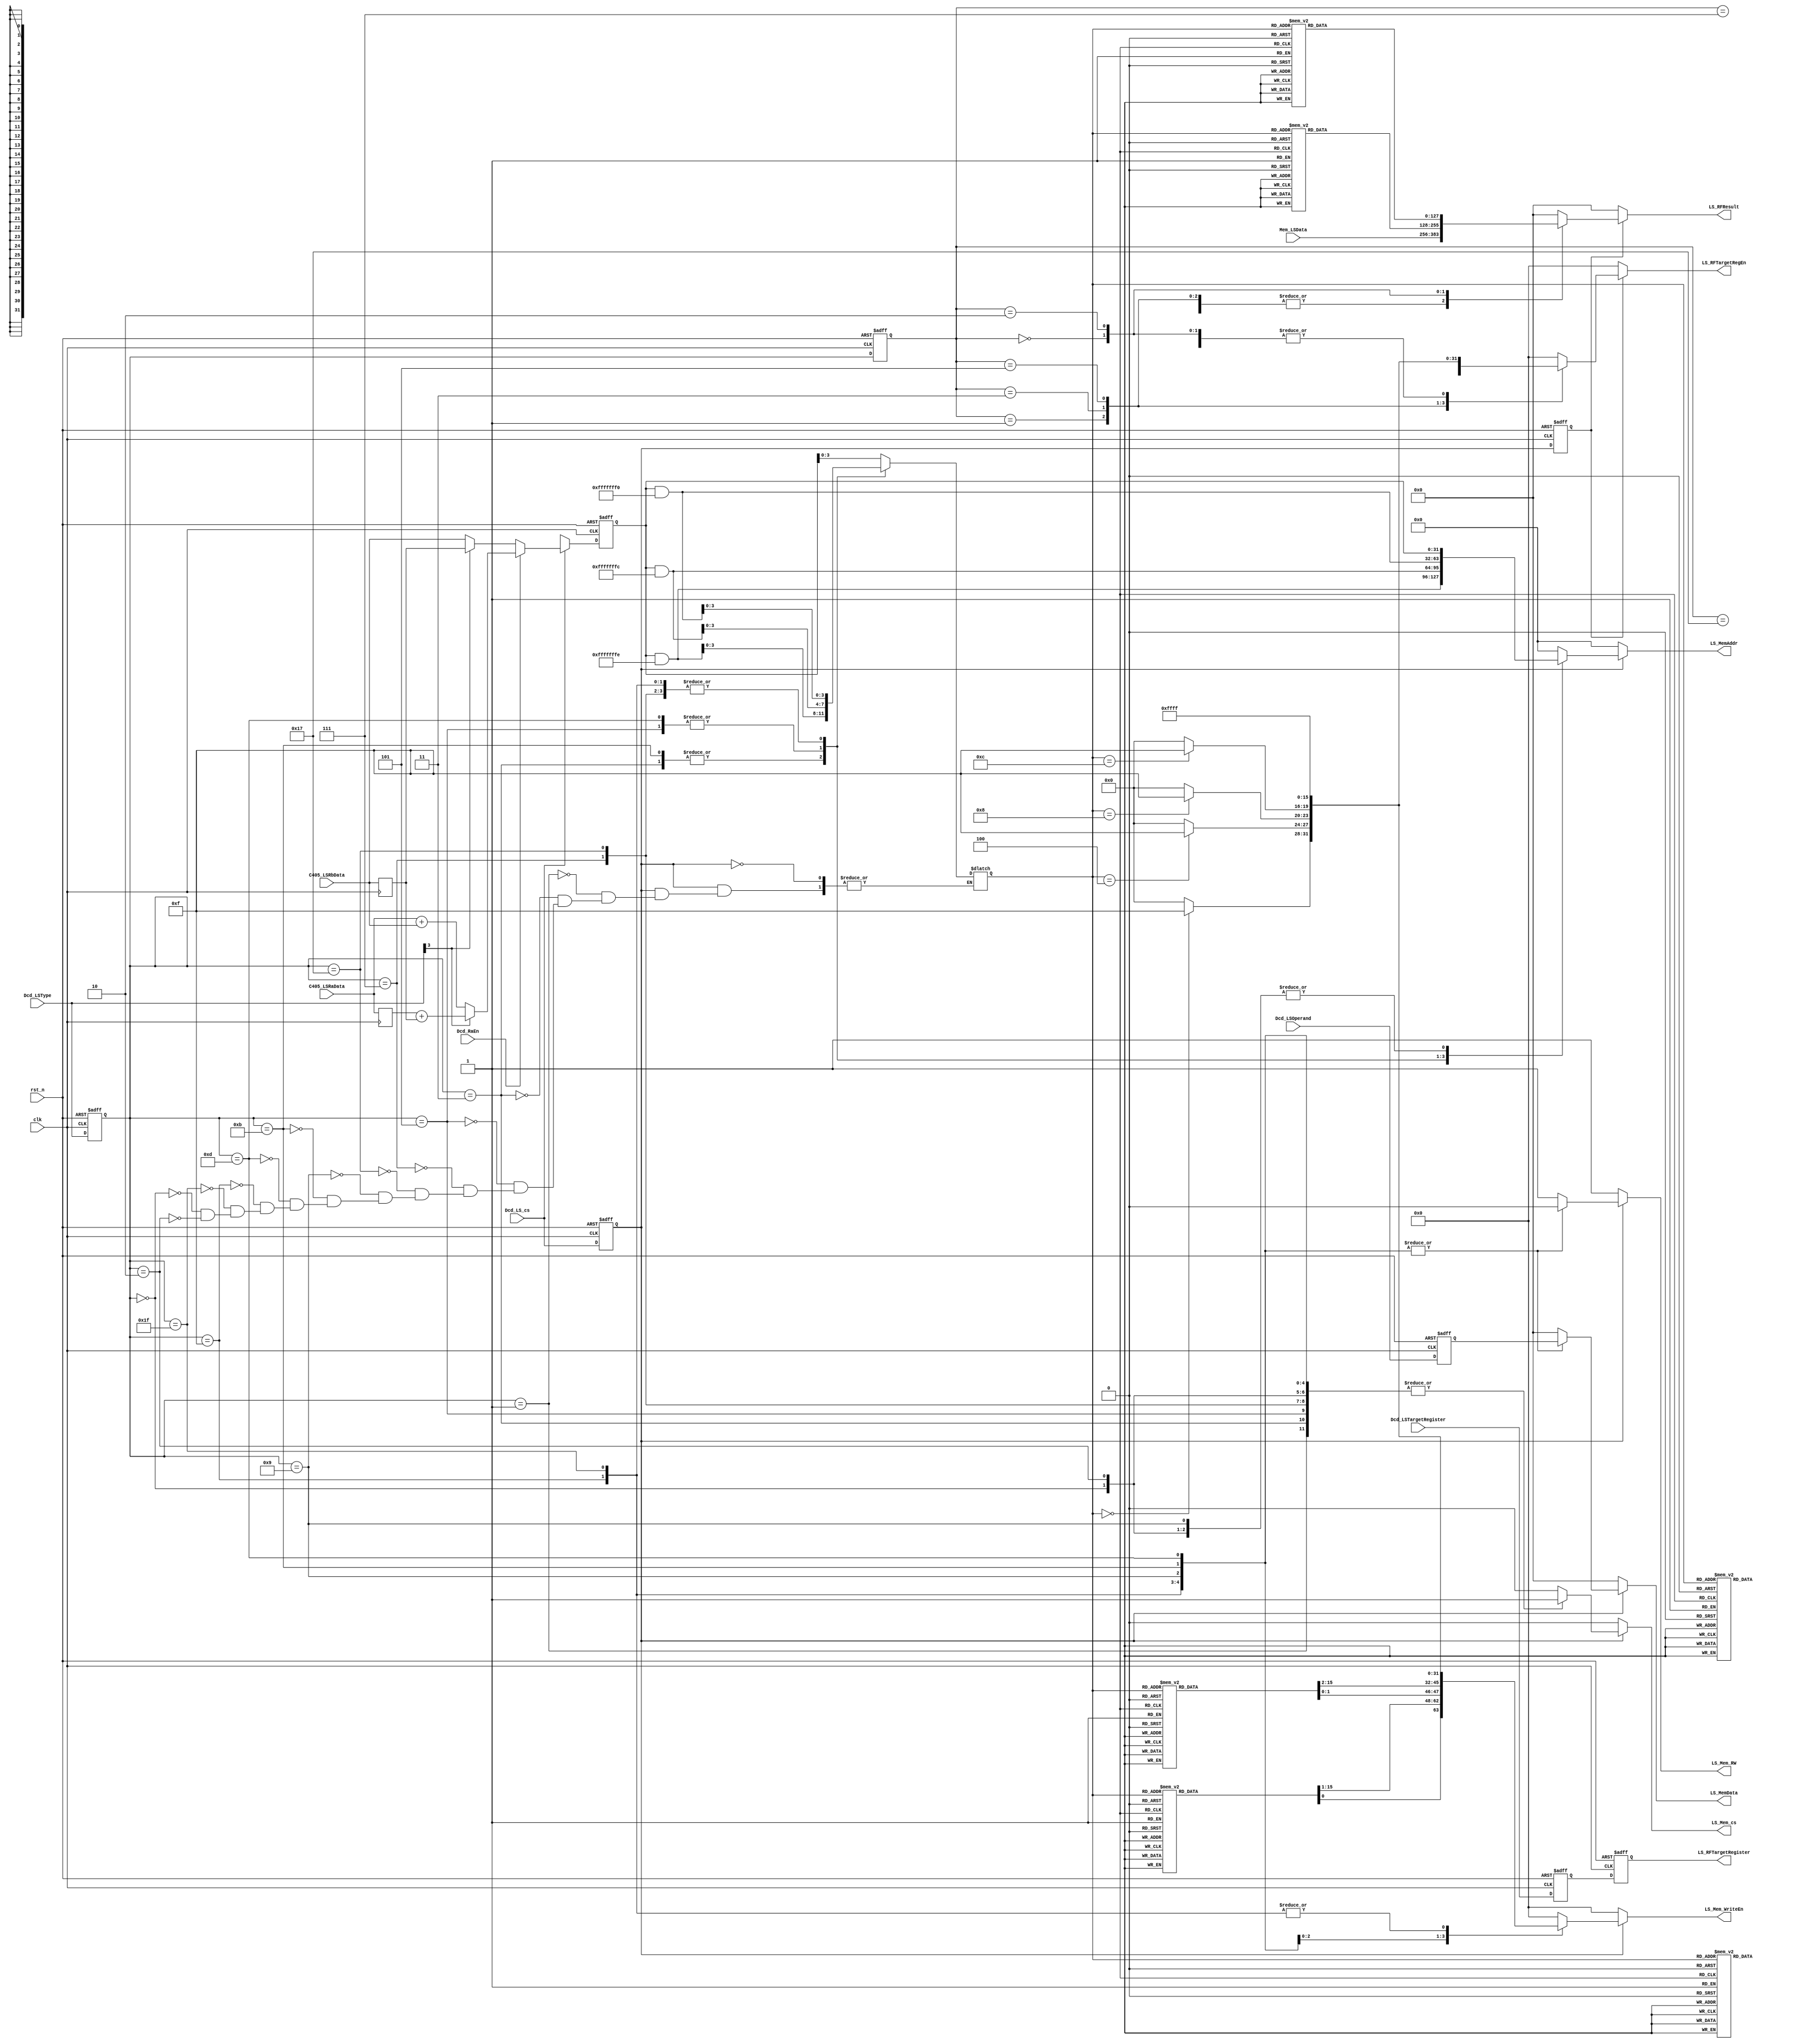
//===============================================================================
//  File Revision   : 3.0
//  History         : 1.0 2013/10/27 cuiluping
//                    2.0 2014/03/19 cuiluping
//                    3.0 2014/06/09 wangjie
//                    Rev2.0 : modify the LoadStore unit according the defination of <<PowerISA>>
//  ----------------------------------------------------------------------------
//  Description     : load data from mem or store data to mem 2 pipeline latency
//                    1st pipe : add (RA)|0 + (RB ) to get the memory address
//                    2nd pipe : access the mem
//  ----------------------------------------------------------------------------
// Copyright (c) 2014,Tianjin University.
//               No.92 Weijin Road , Nankai District, Tianjin, 300072, China
// Tianjin University Confidential Proprietary
//===============================================================================
module    LoadStore    (
                    clk,
                    rst_n,
                    //data from GPR of c405
                    Dcd_RaEn,
                    C405_LSRaData,
                    C405_LSRbData,
                    //Interface with decoder
                    Dcd_LS_cs,
                    Dcd_LSType,
                    Dcd_LSOperand,
                    Dcd_LSTargetRegister,
                    //Interface with mem
                    LS_Mem_cs,
                    LS_MemAddr,
                    LS_MemData,
                    LS_Mem_RW,
					          LS_Mem_WriteEn, //memory write enable signal per 8 bits
                    Mem_LSData,
                    //Interface with register files
                    LS_RFTargetRegEn, //RFTargetReg enable signal per 8 bits
                    LS_RFTargetRegister,
                    LS_RFResult
                    );
//-----------------------------------------------------------------
// I/O declaration
//----------------------------------------------------------------
input            clk;
input            rst_n;
input  [ 31:0]   C405_LSRaData;
input  [ 31:0]   C405_LSRbData;
input            Dcd_RaEn;
input            Dcd_LS_cs;
input  [  4:0]   Dcd_LSType;//bit22,bit23,bit24,bit25,bit30
input  [127:0]   Dcd_LSOperand;//
input  [  4:0]   Dcd_LSTargetRegister;//32 register
input  [127:0]   Mem_LSData;

output           LS_Mem_cs;
output [ 31:0]   LS_MemAddr;
output [127:0]   LS_MemData;
output           LS_Mem_RW;   //1'b1 -- read,1'b0--write
output [ 15:0]	 LS_Mem_WriteEn;
output [ 15:0]   LS_RFTargetRegEn;
output [  4:0]   LS_RFTargetRegister;
output [127:0]   LS_RFResult;

//"register" declaration
reg	   [ 31:0]   C405_LSRaData_r;
reg    [ 31:0]   C405_LSRbData_r;
reg              LS_Mem_cs;
reg    [ 31:0]   LS_MemAddr;
reg    [127:0]   LS_MemData;
reg              LS_Mem_RW;   //1'b1 -- read,1'b0--write
reg    [ 15:0]	 LS_Mem_WriteEn;
reg    [ 15:0]   LS_RFTargetRegEn;
reg    [  4:0]   LS_RFTargetRegister;
reg    [127:0]   LS_RFResult;
//Internal signals declarations
reg              co;
reg    [ 31:0]   ExeMemAddr_r;//3rd pipeline in AltiVec
reg              Dcd_LS_cs_r;
reg      		 Dcd_LS_cs_r_2nd;
reg    [  4:0]   Dcd_LSType_r;
reg    [  4:0]	 Dcd_LSType_r_2nd;
reg    [127:0]   Dcd_LSOperand_r;
reg    [  4:0]   Dcd_LSTargetRegister_r;
reg    [ 31:0]   EA;

wire   [  3:0]   eb;


assign eb = EA[3:0];
//assign LS_RFResult = Mem_LSData;

always @(posedge clk)
begin
	C405_LSRaData_r <= C405_LSRaData;
	C405_LSRbData_r <= C405_LSRbData;
end

//-------------------------------------------------------
//1st pipeline logic
// generate the address of Memory
//--------------------------------------------------------
always @ ( posedge clk or negedge rst_n )
begin
  if ( !rst_n )
  begin
    {co,ExeMemAddr_r} <= 33'h0;
  end
  else if ( Dcd_LS_cs )
  begin
    if ( Dcd_RaEn )
    begin
	  if (Dcd_LSType[3])
		{co,ExeMemAddr_r} <= C405_LSRaData_r + C405_LSRbData_r;
	  else
		{co,ExeMemAddr_r} <= C405_LSRaData + C405_LSRbData;
    end
    else
    begin
	  if (Dcd_LSType[3])
		{co,ExeMemAddr_r} <= { 1'b0, C405_LSRbData_r };
	  else
		{co,ExeMemAddr_r} <= { 1'b0, C405_LSRbData };
    end
  end
  else
  begin
    {co,ExeMemAddr_r } <= 33'hxx;
  end
end

//register Decoder control signals
always @ ( posedge clk or negedge rst_n )
begin
  if ( !rst_n )
  begin
    Dcd_LS_cs_r            <= 1'b0;
    Dcd_LSType_r           <= 5'b0;
    Dcd_LSOperand_r        <= 128'b0;
    Dcd_LSTargetRegister_r <= 5'b0;
	Dcd_LS_cs_r_2nd        <= 1'b0;
	Dcd_LSType_r_2nd       <= 5'b0;
  end                      
  else                     
  begin                    
    Dcd_LS_cs_r            <= Dcd_LS_cs;
    Dcd_LSType_r           <= Dcd_LSType;
    Dcd_LSOperand_r        <= Dcd_LSOperand;
    Dcd_LSTargetRegister_r <= Dcd_LSTargetRegister;
	Dcd_LS_cs_r_2nd        <= Dcd_LS_cs_r;
	Dcd_LSType_r_2nd       <= Dcd_LSType_r;
  end
end

//----------------------------------------------------------------------
// 2nd pipeline
// Access the mem
//------------------------------------------------------------------------
always @ ( * )
begin
  if(Dcd_LS_cs_r)
  begin
    case ( Dcd_LSType_r)
	  5'b00001: begin //lvebx instruction
                LS_Mem_cs  = 1'b1;
                LS_Mem_RW  = 1'b1;//for read
				EA = ExeMemAddr_r;
				LS_MemAddr = EA;
				LS_MemData = 128'b0;
				LS_Mem_WriteEn = 16'b0;
				end
	  5'b00011: begin //lvehx instruction
                LS_Mem_cs  = 1'b1;
                LS_Mem_RW  = 1'b1;//for read
				EA = ( ExeMemAddr_r & 32'hffff_fffe );
				LS_MemAddr = EA;
				LS_MemData = 128'b0;
				LS_Mem_WriteEn = 16'b0;
				end
	  5'b00101: begin  //lvewx instruction
                LS_Mem_cs  = 1'b1;
                LS_Mem_RW  = 1'b1;//for read
				EA = ( ExeMemAddr_r & 32'hffff_fffc );
				LS_MemAddr = EA;
				LS_MemData = 128'b0;
				LS_Mem_WriteEn = 16'b0; 
				end
	  5'b00111: begin  //lvx instruction
                LS_Mem_cs  = 1'b1;
                LS_Mem_RW  = 1'b1;//for read
                EA = ( ExeMemAddr_r & 32'hffff_fff0 );
				LS_MemAddr = EA;
                LS_MemData = 128'h0;
				LS_Mem_WriteEn = 16'b0;
                end
	  5'b10111: begin  //lvxl instruction
                LS_Mem_cs  = 1'b1;
                LS_Mem_RW  = 1'b1;//for read
                EA = ( ExeMemAddr_r & 32'hffff_fff0 );
				LS_MemAddr = EA;
                LS_MemData = 128'h0;
				LS_Mem_WriteEn = 16'b0;
				end
	  5'b01001: begin  //stvebx 
                LS_Mem_cs  = 1'b1;
                LS_Mem_RW  = 1'b0;//for write
                EA = ExeMemAddr_r;
				LS_MemAddr = EA;
                LS_MemData = Dcd_LSOperand_r;
				case (eb)
					4'd0: begin
							LS_Mem_WriteEn[15] = 1'b1;
							LS_Mem_WriteEn[14:0] = 15'b0;
						  end
				    4'd1: begin
							LS_Mem_WriteEn[15] = 1'b0;
							LS_Mem_WriteEn[14] = 1'b1;
							LS_Mem_WriteEn[13:0] = 14'b0;
						  end
					4'd2: begin
							LS_Mem_WriteEn[15:14] = 2'b0;
							LS_Mem_WriteEn[13] = 1'b1;
							LS_Mem_WriteEn[12:0] = 13'b0;
						  end
					4'd3: begin
							LS_Mem_WriteEn[15:13] = 3'b0;
							LS_Mem_WriteEn[12] = 1'b1;
							LS_Mem_WriteEn[11:0] = 12'b0;
						  end
					4'd4: begin
							LS_Mem_WriteEn[15:12] = 4'b0;
							LS_Mem_WriteEn[11] = 1'b1;
							LS_Mem_WriteEn[10:0] = 11'b0;
						  end
				    4'd5: begin
							LS_Mem_WriteEn[15:11] = 5'b0;
							LS_Mem_WriteEn[10] = 1'b1;
							LS_Mem_WriteEn[9:0] = 10'b0;
						  end
					4'd6: begin
							LS_Mem_WriteEn[15:10] = 6'b0;
							LS_Mem_WriteEn[9] = 1'b1;
							LS_Mem_WriteEn[8:0] = 9'b0;
						  end
				    4'd7: begin
							LS_Mem_WriteEn[15:9] = 7'b0;
							LS_Mem_WriteEn[8] = 1'b1;
							LS_Mem_WriteEn[7:0] = 8'b0;
						  end
					4'd8: begin
							LS_Mem_WriteEn[15:8] = 8'b0;
							LS_Mem_WriteEn[7] = 1'b1;
							LS_Mem_WriteEn[6:0] = 7'b0;
						  end
					4'd9: begin
							LS_Mem_WriteEn[15:7] = 9'b0;
							LS_Mem_WriteEn[6] = 1'b1;
							LS_Mem_WriteEn[5:0] = 6'b0;
						  end
					4'd10:begin
							LS_Mem_WriteEn[15:6] = 10'b0;
							LS_Mem_WriteEn[5] = 1'b1;
							LS_Mem_WriteEn[4:0] = 5'b0;
						  end
					4'd11:begin
							LS_Mem_WriteEn[15:5] = 11'b0;
							LS_Mem_WriteEn[4] = 1'b1;
							LS_Mem_WriteEn[3:0] = 4'b0;
						  end
					4'd12:begin
							LS_Mem_WriteEn[15:4] = 12'b0;
							LS_Mem_WriteEn[3] = 1'b1;
							LS_Mem_WriteEn[2:0] = 3'b0;
						  end
					4'd13:begin
							LS_Mem_WriteEn[15:3] = 13'b0;
							LS_Mem_WriteEn[2] = 1'b1;
							LS_Mem_WriteEn[1:0] = 2'b0;
						  end
					4'd14:begin
							LS_Mem_WriteEn[15:2] = 14'b0;
							LS_Mem_WriteEn[1] = 1'b1;
							LS_Mem_WriteEn[0] = 1'b0;
						  end
					4'd15:begin
							LS_Mem_WriteEn[15:1] = 15'b0;
							LS_Mem_WriteEn[0] = 1'b1;
						  end
					default:begin
							LS_Mem_WriteEn = 16'b0;
						    end
				endcase
	  			end
	  5'b01011: begin  //stvehx 
                LS_Mem_cs  = 1'b1;
                LS_Mem_RW  = 1'b0;//for write
                EA = ( ExeMemAddr_r & 32'hffff_fffe );
				LS_MemAddr = EA;
                LS_MemData = Dcd_LSOperand_r;
				case (eb)
					4'd0: begin
							LS_Mem_WriteEn[15:14] = 2'b11;
							LS_Mem_WriteEn[13: 0] = 14'b0;
						  end
				    4'd2: begin
							LS_Mem_WriteEn[15:14] = 2'b0;
							LS_Mem_WriteEn[13:12] = 2'b11;
							LS_Mem_WriteEn[11: 0] = 12'b0;
						  end
					4'd4: begin
							LS_Mem_WriteEn[15:12] = 4'b0;
							LS_Mem_WriteEn[11:10] = 2'b11;
							LS_Mem_WriteEn[ 9: 0] = 10'b0;
						  end
					4'd6: begin
							LS_Mem_WriteEn[15:10] = 6'b0;
							LS_Mem_WriteEn[ 9: 8] = 2'b11;
							LS_Mem_WriteEn[ 7: 0] = 8'b0;
						  end
					4'd8: begin
							LS_Mem_WriteEn[15: 8] = 8'b0;
							LS_Mem_WriteEn[ 7: 6] = 2'b11;
							LS_Mem_WriteEn[ 5: 0] = 6'b0;
						  end
				    4'd10:begin
							LS_Mem_WriteEn[15: 6] = 10'b0;
							LS_Mem_WriteEn[ 5: 4] = 2'b11;
							LS_Mem_WriteEn[ 3: 0] = 4'b0;
						  end
					4'd12:begin
							LS_Mem_WriteEn[15: 4] = 12'b0;
							LS_Mem_WriteEn[ 3: 2] = 2'b11;
							LS_Mem_WriteEn[ 1: 0] = 2'b0;
						  end
				    4'd14:begin
							LS_Mem_WriteEn[15: 2] = 14'b0;
							LS_Mem_WriteEn[ 1: 0] = 2'b11;
						  end
				    default:begin
							LS_Mem_WriteEn = 16'b0;
						  end
				endcase
	  			end
	  5'b01101: begin  //stvewx 
                LS_Mem_cs  = 1'b1;
                LS_Mem_RW  = 1'b0;//for write
                EA = ( ExeMemAddr_r & 32'hffff_fffc );
				LS_MemAddr = EA;
                LS_MemData = Dcd_LSOperand_r;
				case (eb)
					4'd0: begin
							LS_Mem_WriteEn[15:12] = 4'b1111;
							LS_Mem_WriteEn[11: 0] = 12'b0;
						  end
					4'd4: begin
							LS_Mem_WriteEn[15:12] = 4'b0;
							LS_Mem_WriteEn[11: 8] = 4'b1111;
							LS_Mem_WriteEn[ 7: 0] = 8'b0;
						  end
					4'd8: begin
							LS_Mem_WriteEn[15: 8] = 8'b0;
							LS_Mem_WriteEn[ 7: 4] = 4'b1111;
							LS_Mem_WriteEn[ 3: 0] = 4'b0;
						  end
					4'd12:begin
							LS_Mem_WriteEn[15: 4] = 12'b0;
							LS_Mem_WriteEn[ 3: 0] = 4'b1111;
						  end
				    default:begin
							LS_Mem_WriteEn = 16'b0;
						  end
				endcase
	  			end
	  5'b01111: begin  //stvx 
                LS_Mem_cs  = 1'b1;
                LS_Mem_RW  = 1'b0;//for write
                EA = ( ExeMemAddr_r & 32'hffff_fff0 );
				LS_MemAddr = EA;
                LS_MemData = Dcd_LSOperand_r;
				LS_Mem_WriteEn = 16'b1111111111111111;
	  			end
	  5'b11111: begin  //stvxl  
                LS_Mem_cs  = 1'b1;
                LS_Mem_RW  = 1'b0;//for write
                EA = ( ExeMemAddr_r & 32'hffff_fff0 );
				LS_MemAddr = EA;
                LS_MemData = Dcd_LSOperand_r;
				LS_Mem_WriteEn = 16'b1111111111111111;
	  			end
	  5'b00000: begin  //lvsl instruction
                LS_Mem_cs  = 1'b1;
                LS_Mem_RW  = 1'b1;//for read
                EA = ExeMemAddr_r;
				LS_MemAddr = EA;
                LS_MemData = 128'h0;
				LS_Mem_WriteEn = 16'b0;
	  			end
	  5'b00010: begin  //lvsr instruction
                LS_Mem_cs  = 1'b1;
                LS_Mem_RW  = 1'b1;//for read
                EA = ExeMemAddr_r;
				LS_MemAddr = EA;
                LS_MemData = 128'h0;
				LS_Mem_WriteEn = 16'b0;
			   end
      default: begin       
                LS_Mem_cs  = 1'b0;
                LS_Mem_RW  = 1'b1;
                LS_MemAddr = 32'h0;
                LS_MemData = 128'h0;
				LS_Mem_WriteEn = 16'b0;
               end
    endcase
  end
  else
  begin
    LS_Mem_cs  = 1'b0;
    LS_Mem_RW  = 1'b1;
    LS_MemAddr = 32'h0;
    LS_MemData = 128'h0;
	LS_Mem_WriteEn = 16'b0;
  end
end
//---------------------------------------------------------------
//Load LS_RFResult
//---------------------------------------------------------------
always @ ( * )
begin
  if(Dcd_LS_cs_r_2nd)
  begin
    case ( Dcd_LSType_r_2nd)
	  5'b00001: begin //lvebx instruction
				case (eb)
					4'd0: begin
							LS_RFTargetRegEn[15] = 1'b1;
							LS_RFTargetRegEn[14:0] = 15'b0;
						  end
				    4'd1: begin
							LS_RFTargetRegEn[15] = 1'b0;
							LS_RFTargetRegEn[14] = 1'b1;
							LS_RFTargetRegEn[13:0] = 14'b0;
						  end
					4'd2: begin
							LS_RFTargetRegEn[15:14] = 2'b0;
							LS_RFTargetRegEn[13] = 1'b1;
							LS_RFTargetRegEn[12:0] = 13'b0;
						  end
					4'd3: begin
							LS_RFTargetRegEn[15:13] = 3'b0;
							LS_RFTargetRegEn[12] = 1'b1;
							LS_RFTargetRegEn[11:0] = 12'b0;
						  end
					4'd4: begin
							LS_RFTargetRegEn[15:12] = 4'b0;
							LS_RFTargetRegEn[11] = 1'b1;
							LS_RFTargetRegEn[10:0] = 11'b0;
						  end
				    4'd5: begin
							LS_RFTargetRegEn[15:11] = 5'b0;
							LS_RFTargetRegEn[10] = 1'b1;
							LS_RFTargetRegEn[9:0] = 10'b0;
						  end
					4'd6: begin
							LS_RFTargetRegEn[15:10] = 6'b0;
							LS_RFTargetRegEn[9] = 1'b1;
							LS_RFTargetRegEn[8:0] = 9'b0;
						  end
				    4'd7: begin
							LS_RFTargetRegEn[15:9] = 7'b0;
							LS_RFTargetRegEn[8] = 1'b1;
							LS_RFTargetRegEn[7:0] = 8'b0;
						  end
					4'd8: begin
							LS_RFTargetRegEn[15:8] = 8'b0;
							LS_RFTargetRegEn[7] = 1'b1;
							LS_RFTargetRegEn[6:0] = 7'b0;
						  end
					4'd9: begin
							LS_RFTargetRegEn[15:7] = 9'b0;
							LS_RFTargetRegEn[6] = 1'b1;
							LS_RFTargetRegEn[5:0] = 6'b0;
						  end
					4'd10:begin
							LS_RFTargetRegEn[15:6] = 10'b0;
							LS_RFTargetRegEn[5] = 1'b1;
							LS_RFTargetRegEn[4:0] = 5'b0;
						  end
					4'd11:begin
							LS_RFTargetRegEn[15:5] = 11'b0;
							LS_RFTargetRegEn[4] = 1'b1;
							LS_RFTargetRegEn[3:0] = 4'b0;
						  end
					4'd12:begin
							LS_RFTargetRegEn[15:4] = 12'b0;
							LS_RFTargetRegEn[3] = 1'b1;
							LS_RFTargetRegEn[2:0] = 3'b0;
						  end
					4'd13:begin
							LS_RFTargetRegEn[15:3] = 13'b0;
							LS_RFTargetRegEn[2] = 1'b1;
							LS_RFTargetRegEn[1:0] = 2'b0;
						  end
					4'd14:begin
							LS_RFTargetRegEn[15:2] = 14'b0;
							LS_RFTargetRegEn[1] = 1'b1;
							LS_RFTargetRegEn[0] = 1'b0;
						  end
					4'd15:begin
							LS_RFTargetRegEn[15:1] = 15'b0;
							LS_RFTargetRegEn[0] = 1'b1;
						  end
					default:begin
							LS_RFTargetRegEn = 16'b0;
						    end
				endcase
				LS_RFResult = Mem_LSData;
				end
	  5'b00011: begin //lvehx instruction
				case (eb)
					4'd0: begin
							LS_RFTargetRegEn[15:14] = 2'b11;
							LS_RFTargetRegEn[13: 0] = 14'b0;
						  end
				    4'd2: begin
							LS_RFTargetRegEn[15:14] = 2'b0;
							LS_RFTargetRegEn[13:12] = 2'b11;
							LS_RFTargetRegEn[11: 0] = 12'b0;
						  end
					4'd4: begin
							LS_RFTargetRegEn[15:12] = 4'b0;
							LS_RFTargetRegEn[11:10] = 2'b11;
							LS_RFTargetRegEn[ 9: 0] = 10'b0;
						  end
					4'd6: begin
							LS_RFTargetRegEn[15:10] = 6'b0;
							LS_RFTargetRegEn[ 9: 8] = 2'b11;
							LS_RFTargetRegEn[ 7: 0] = 8'b0;
						  end
					4'd8: begin
							LS_RFTargetRegEn[15: 8] = 8'b0;
							LS_RFTargetRegEn[ 7: 6] = 2'b11;
							LS_RFTargetRegEn[ 5: 0] = 6'b0;
						  end
				    4'd10:begin
							LS_RFTargetRegEn[15: 6] = 10'b0;
							LS_RFTargetRegEn[ 5: 4] = 2'b11;
							LS_RFTargetRegEn[ 3: 0] = 4'b0;
						  end
					4'd12:begin
							LS_RFTargetRegEn[15: 4] = 12'b0;
							LS_RFTargetRegEn[ 3: 2] = 2'b11;
							LS_RFTargetRegEn[ 1: 0] = 2'b0;
						  end
				    4'd14:begin
							LS_RFTargetRegEn[15: 2] = 14'b0;
							LS_RFTargetRegEn[ 1: 0] = 2'b11;
						  end
				    default:begin
							LS_RFTargetRegEn = 16'b0;
						  end
				endcase
				LS_RFResult = Mem_LSData;
				end
	  5'b00101: begin  //lvewx instruction
				case (eb)
					4'd0: begin
							LS_RFTargetRegEn[15:12] = 4'b1111;
							LS_RFTargetRegEn[11: 0] = 12'b0;
						  end
					4'd4: begin
							LS_RFTargetRegEn[15:12] = 4'b0;
							LS_RFTargetRegEn[11: 8] = 4'b1111;
							LS_RFTargetRegEn[ 7: 0] = 8'b0;
						  end
					4'd8: begin
							LS_RFTargetRegEn[15: 8] = 8'b0;
							LS_RFTargetRegEn[ 7: 4] = 4'b1111;
							LS_RFTargetRegEn[ 3: 0] = 4'b0;
						  end
					4'd12:begin
							LS_RFTargetRegEn[15: 4] = 12'b0;
							LS_RFTargetRegEn[ 3: 0] = 4'b1111;
						  end
				    default:begin
							LS_RFTargetRegEn = 16'b0;
						  end
				endcase
				LS_RFResult = Mem_LSData;	  
				end
	  5'b00111: begin  //lvx instruction
				LS_RFTargetRegEn = 16'b1111111111111111;
				LS_RFResult = Mem_LSData;
                end
	  5'b10111: begin  //lvxl instruction
				LS_RFTargetRegEn = 16'b1111111111111111;
				LS_RFResult = Mem_LSData;
				end
	  5'b01001: begin  //stvebx 
				LS_RFTargetRegEn = 16'b0;
				LS_RFResult = 128'b0;
	  			end
	  5'b01011: begin  //stvehx 
				LS_RFTargetRegEn = 16'b0;
				LS_RFResult = 128'b0;
	  			end
	  5'b01101: begin  //stvewx 
				LS_RFTargetRegEn = 16'b0;
				LS_RFResult = 128'b0;
	  			end
	  5'b01111: begin  //stvx 
				LS_RFTargetRegEn = 16'b0;
				LS_RFResult = 128'b0;
	  			end
	  5'b11111: begin  //stvxl  don't finish
				LS_RFTargetRegEn = 16'b0;
				LS_RFResult = 128'b0;
	  			end
	  5'b00000: begin  //lvsl instruction
				LS_RFTargetRegEn = 16'b1111111111111111;
				case (eb)
					4'd0 : begin
							LS_RFResult = 128'h000102030405060708090A0B0C0D0E0F;
						   end
					4'd1 : begin
							LS_RFResult = 128'h0102030405060708090A0B0C0D0E0F10;
						   end
					4'd2 : begin
							LS_RFResult = 128'h02030405060708090A0B0C0D0E0F1011;
						   end
					4'd3 : begin
							LS_RFResult = 128'h030405060708090A0B0C0D0E0F101112;
						   end
					4'd4 : begin
							LS_RFResult = 128'h0405060708090A0B0C0D0E0F10111213;
						   end
					4'd5 : begin
							LS_RFResult = 128'h05060708090A0B0C0D0E0F1011121314;
						   end
					4'd6 : begin
							LS_RFResult = 128'h060708090A0B0C0D0E0F101112131415;
						   end
					4'd7 : begin
							LS_RFResult = 128'h0708090A0B0C0D0E0F10111213141516;
						   end
					4'd8 : begin
							LS_RFResult = 128'h08090A0B0C0D0E0F1011121314151617;
						   end
					4'd9 : begin
							LS_RFResult = 128'h090A0B0C0D0E0F101112131415161718;
						   end
					4'd10: begin
							LS_RFResult = 128'h0A0B0C0D0E0F10111213141516171819;
						   end
					4'd11: begin
							LS_RFResult = 128'h0B0C0D0E0F101112131415161718191A;
						   end
					4'd12: begin
							LS_RFResult = 128'h0C0D0E0F101112131415161718191A1B;
						   end
					4'd13: begin
							LS_RFResult = 128'h0D0E0F101112131415161718191A1B1C;
						   end
					4'd14: begin
							LS_RFResult = 128'h0E0F101112131415161718191A1B1C1D;
						   end
					4'd15: begin
							LS_RFResult = 128'h0F101112131415161718191A1B1C1D1E;
						   end	
				  default: begin
							LS_RFResult = 128'h00000000000000000000000000000000;
						   end
				endcase
	  			end
	  5'b00010: begin  //lvsr instruction
				LS_RFTargetRegEn = 16'b1111111111111111;
				case (eb)
					4'd0 : begin
							LS_RFResult = 128'h101112131415161718191A1B1C1D1E1F;
						   end
					4'd1 : begin
							LS_RFResult = 128'h0F101112131415161718191A1B1C1D1E;
						   end
					4'd2 : begin
							LS_RFResult = 128'h0E0F101112131415161718191A1B1C1D;
						   end
					4'd3 : begin
							LS_RFResult = 128'h0D0E0F101112131415161718191A1B1C;
						   end
					4'd4 : begin
							LS_RFResult = 128'h0C0D0E0F101112131415161718191A1B;
						   end
					4'd5 : begin
							LS_RFResult = 128'h0B0C0D0E0F101112131415161718191A;
						   end
					4'd6 : begin
							LS_RFResult = 128'h0A0B0C0D0E0F10111213141516171819;
						   end
					4'd7 : begin
							LS_RFResult = 128'h090A0B0C0D0E0F101112131415161718;
						   end
					4'd8 : begin
							LS_RFResult = 128'h08090A0B0C0D0E0F1011121314151617;
						   end
					4'd9 : begin
							LS_RFResult = 128'h0708090A0B0C0D0E0F10111213141516;
						   end
					4'd10: begin
							LS_RFResult = 128'h060708090A0B0C0D0E0F101112131415;
						   end
					4'd11: begin
							LS_RFResult = 128'h05060708090A0B0C0D0E0F1011121314;
						   end
					4'd12: begin
							LS_RFResult = 128'h0405060708090A0B0C0D0E0F10111213;
						   end
					4'd13: begin
							LS_RFResult = 128'h030405060708090A0B0C0D0E0F101112;
						   end
					4'd14: begin
							LS_RFResult = 128'h02030405060708090A0B0C0D0E0F1011;
						   end
					4'd15: begin
							LS_RFResult = 128'h0102030405060708090A0B0C0D0E0F10;
						   end	
				  default: begin
							LS_RFResult = 128'h00000000000000000000000000000000;
						   end
				endcase
			   end
      default: begin       
				LS_RFTargetRegEn = 16'b0;
				LS_RFResult = 128'b0;
               end
    endcase
  end
  else
  begin
	LS_RFTargetRegEn = 16'b0;
	LS_RFResult = 128'b0;
  end
end
//--------------------------------------------------------------
//Load instructions
//----------------------------------------------------------------
always @ ( posedge clk or negedge rst_n )
begin
  if ( !rst_n )
  begin
    LS_RFTargetRegister <= 5'h0;
  end                   
  else                  
  begin                 
    //LS_RFTargetRegEn    <= Dcd_LS_cs_r & LS_Mem_cs & LS_Mem_RW;//this is a valid Load instruction
    LS_RFTargetRegister <= Dcd_LSTargetRegister_r;
  end
end

//--------------------------------------------------------------
//Store instructions
//----------------------------------------------------------------

endmodule